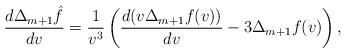
LaTeX: \begin{align*} \frac{d\Delta_{m+1}\hat{f}}{dv}=\frac{1}{v^3}\left(\frac{d(v\Delta_{m+1}f(v))}{dv}-3\Delta_{m+1}f(v)\right),\end{align*}